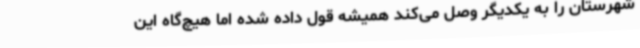
شهرستان را به یکدیگر وصل می‌کند همیشه قول داده شده اما هیچ‌گاه این